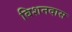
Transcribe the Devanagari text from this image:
बिशनदास